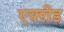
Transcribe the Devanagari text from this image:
एक्‍रीड